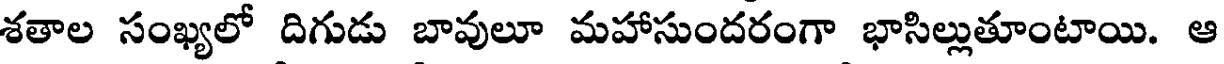
శతాల సంఖ్యలో దిగుడు బావులూ మహాసుందరంగా భాసిల్లుతూంటాయి. ఆ